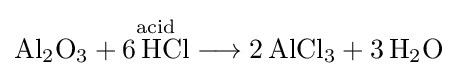
{\mathrm {Al} {\vphantom {A}}_{\smash[{t}]{2}}\mathrm {O} {\vphantom {A}}_{\smash[{t}]{3}}{}+{}{\overset {\mathrm {acid} }{6\,\mathrm {HCl} }}{}\mathrel {\longrightarrow } {}2\,\mathrm {AlCl} {\vphantom {A}}_{\smash[{t}]{3}}{}+{}3\,\mathrm {H} {\vphantom {A}}_{\smash[{t}]{2}}\mathrm {O} }